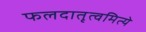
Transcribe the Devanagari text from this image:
फलदातृत्वमित्ये